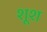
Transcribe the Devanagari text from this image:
शूश